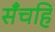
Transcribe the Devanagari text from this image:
सँचहि